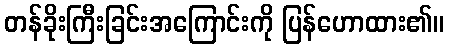
တန်ခိုးကြီးခြင်းအကြောင်းကို ပြန်ဟောထား၏။